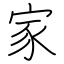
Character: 家